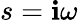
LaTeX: s=\mathbf{i}\omega